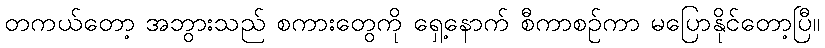
တကယ်တော့ အဘွားသည် စကားတွေကို ရှေ့နောက် စီကာစဉ်ကာ မပြောနိုင်တော့ပြီ။